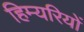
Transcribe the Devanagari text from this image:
हिम्यरियों